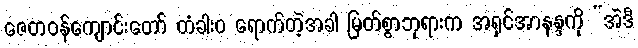
ဇေတဝန်ကျောင်းတော် တံခါးဝ ရောက်တဲ့အခါ မြတ်စွာဘုရားက အရှင်အာနန္ဒကို “အဲဒီ